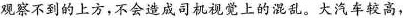
观察不到的上方，不会造成司机视觉上的混乱。大汽车较高，